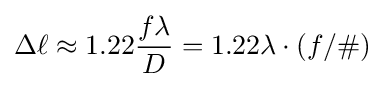
\Delta \ell \approx 1.22{\frac {f\lambda }{D}}=1.22\lambda \cdot (f/\#)